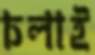
চলাই